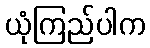
ယုံကြည်ပါက